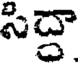
సిద్దా